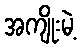
အကျိုးမဲ့